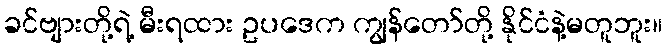
ခင်ဗျားတို့ရဲ့ မီးရထား ဥပဒေက ကျွန်တော်တို့ နိုင်ငံနဲ့မတူဘူး။